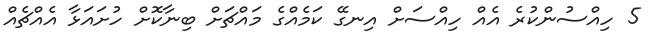
5 ހިއްސުންކުރެ އެއް ހިއްސަށް އިނގޭ ކަމެއްގެ މައްޗަށް ބިނާކޮށް ހުށައަޅާ އެއްޗެއް